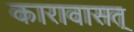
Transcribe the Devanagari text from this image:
कारावासत्